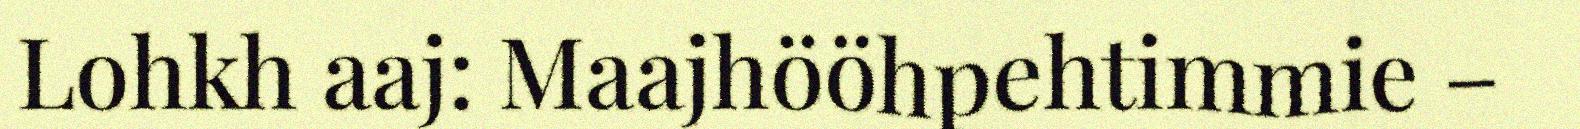
Lohkh aaj: Maajhööhpehtimmie –